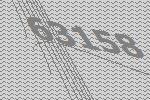
63158